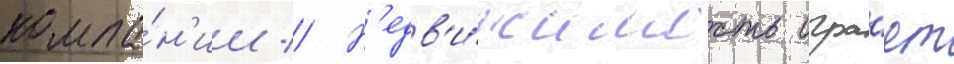
компа́н'ии // Н'едв'и́жимость игра́ет